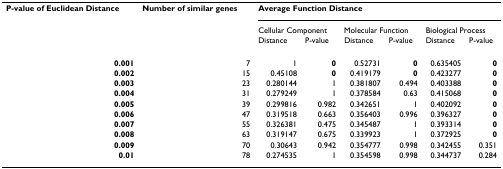
<table><thead><tr><td><b>P-value of Euclidean Distance</b></td><td><b>Number of similar genes</b></td><td colspan="6"><b>Average Function Distance</b></td></tr><tr><td></td><td></td><td colspan="2"><b>Cellular Component</b></td><td colspan="2"><b>Molecular Function</b></td><td colspan="2"><b>Biological Process</b></td></tr><tr><td></td><td></td><td><b>Distance</b></td><td><b>P-value</b></td><td><b>Distance</b></td><td><b>P-value</b></td><td><b>Distance</b></td><td><b>P-value</b></td></tr></thead><tbody><tr><td><b>0.001</b></td><td>7</td><td>1</td><td><b>0</b></td><td>0.52731</td><td><b>0</b></td><td>0.635405</td><td><b>0</b></td></tr><tr><td><b>0.002</b></td><td>15</td><td>0.45108</td><td><b>0</b></td><td>0.419179</td><td><b>0</b></td><td>0.423277</td><td><b>0</b></td></tr><tr><td><b>0.003</b></td><td>23</td><td>0.280144</td><td>1</td><td>0.381807</td><td>0.494</td><td>0.403388</td><td><b>0</b></td></tr><tr><td><b>0.004</b></td><td>31</td><td>0.279249</td><td>1</td><td>0.378584</td><td>0.63</td><td>0.415068</td><td><b>0</b></td></tr><tr><td><b>0.005</b></td><td>39</td><td>0.299816</td><td>0.982</td><td>0.342651</td><td>1</td><td>0.402092</td><td><b>0</b></td></tr><tr><td><b>0.006</b></td><td>47</td><td>0.319518</td><td>0.663</td><td>0.356403</td><td>0.996</td><td>0.396327</td><td><b>0</b></td></tr><tr><td><b>0.007</b></td><td>55</td><td>0.326381</td><td>0.475</td><td>0.345487</td><td>1</td><td>0.393314</td><td><b>0</b></td></tr><tr><td><b>0.008</b></td><td>63</td><td>0.319147</td><td>0.675</td><td>0.339923</td><td>1</td><td>0.372925</td><td><b>0</b></td></tr><tr><td><b>0.009</b></td><td>70</td><td>0.30643</td><td>0.942</td><td>0.354777</td><td>0.998</td><td>0.342455</td><td>0.351</td></tr><tr><td><b>0.01</b></td><td>78</td><td>0.274535</td><td>1</td><td>0.354598</td><td>0.998</td><td>0.344737</td><td>0.284</td></tr></tbody></table>